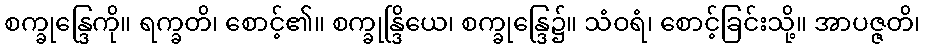
စက္ခုန္ဒြေကို။ ရက္ခတိ၊ စောင့်၏။ စက္ခုန္ဒြိယေ၊ စက္ခုန္ဒြေ၌။ သံဝရံ၊ စောင့်ခြင်းသို့။ အာပဇ္ဇတိ၊